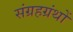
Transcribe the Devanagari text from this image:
संग्रहग्रंथों